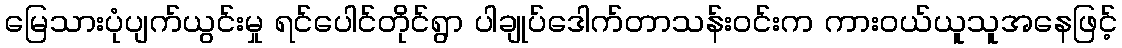
မြေသားပုံပျက်ယွင်းမှု ရင်ပေါင်တိုင်ရွာ ပါချုပ်ဒေါက်တာသန်းဝင်းက ကားဝယ်ယူသူအနေဖြင့်